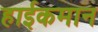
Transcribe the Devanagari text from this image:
हाईकमान